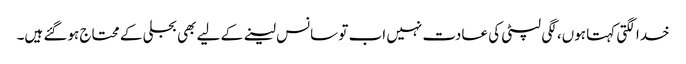
خدا لگتی کہتا ہوں، لگی لپٹی کی عادت نہیں اب تو سانس لینے کے لیے بھی بجلی کے محتاج ہوگئے ہیں‌۔